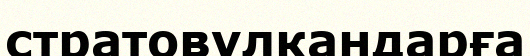
стратовулкандарға